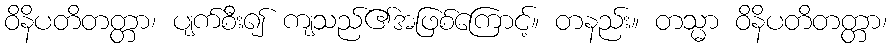
ဝိနိပတိတတ္တာ၊ ပျက်စီး၍ ကျသည်၏အဖြစ်ကြောင့်။ တနည်း။ တသ္မာ ဝိနိပတိတတ္တာ၊